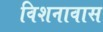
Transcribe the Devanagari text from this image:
विशनावास